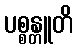
ပစ္စန္တူတိ